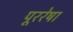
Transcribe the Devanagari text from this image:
पूररेषा